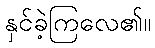
နှင်ခဲ့ကြလေ၏။